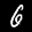
Label: 6